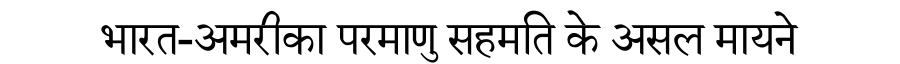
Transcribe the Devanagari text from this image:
भारत-अमरीका परमाणु सहमति के असल मायने